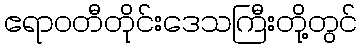
ဧရာဝတီတိုင်းဒေသကြီးတို့တွင်